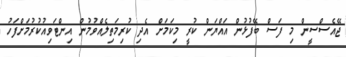
ޖޭއެސްސީން މި ފަސް ބޭފުޅުން އައްޔަން ކުރީ މިކަމަށް އެދި ކުރިމަތިލެއްވުމުން އިންޓަވިއުކުރުމަށްފަހު